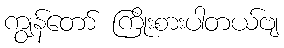
ကျွန်တော် ကြိုးစားပါတယ်ဗျ